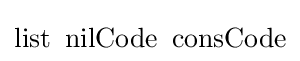
\operatorname {list} \ \operatorname {nilCode} \ \operatorname {consCode}